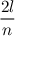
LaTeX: \frac { 2 l } { n }